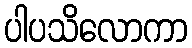
ပါပသိလောကာ